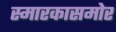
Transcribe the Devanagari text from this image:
स्मारकासमोर